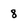
Character: 8